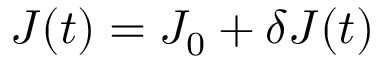
J ( t ) = J _ { 0 } + \delta J ( t )